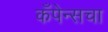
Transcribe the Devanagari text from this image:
कँपेन्सचा